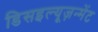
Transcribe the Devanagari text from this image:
डिसइल्यूज़न्मेंट